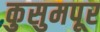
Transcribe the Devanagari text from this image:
कुसुमपूर